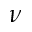
\nu